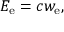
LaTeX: E _ { \mathrm { e } } = c w _ { \mathrm { e } } ,